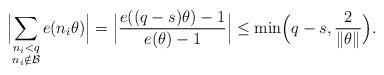
LaTeX: \begin{align*}\Bigl|\sum_{\substack{n_i<q\\ n_i\notin\mathcal{B}}}e(n_i\theta)\Bigr|=\Bigl|\frac{e((q-s)\theta)-1}{e(\theta)-1}\Bigr|\le \min\Bigl(q-s, \frac{2}{\|\theta\|}\Bigr).\end{align*}